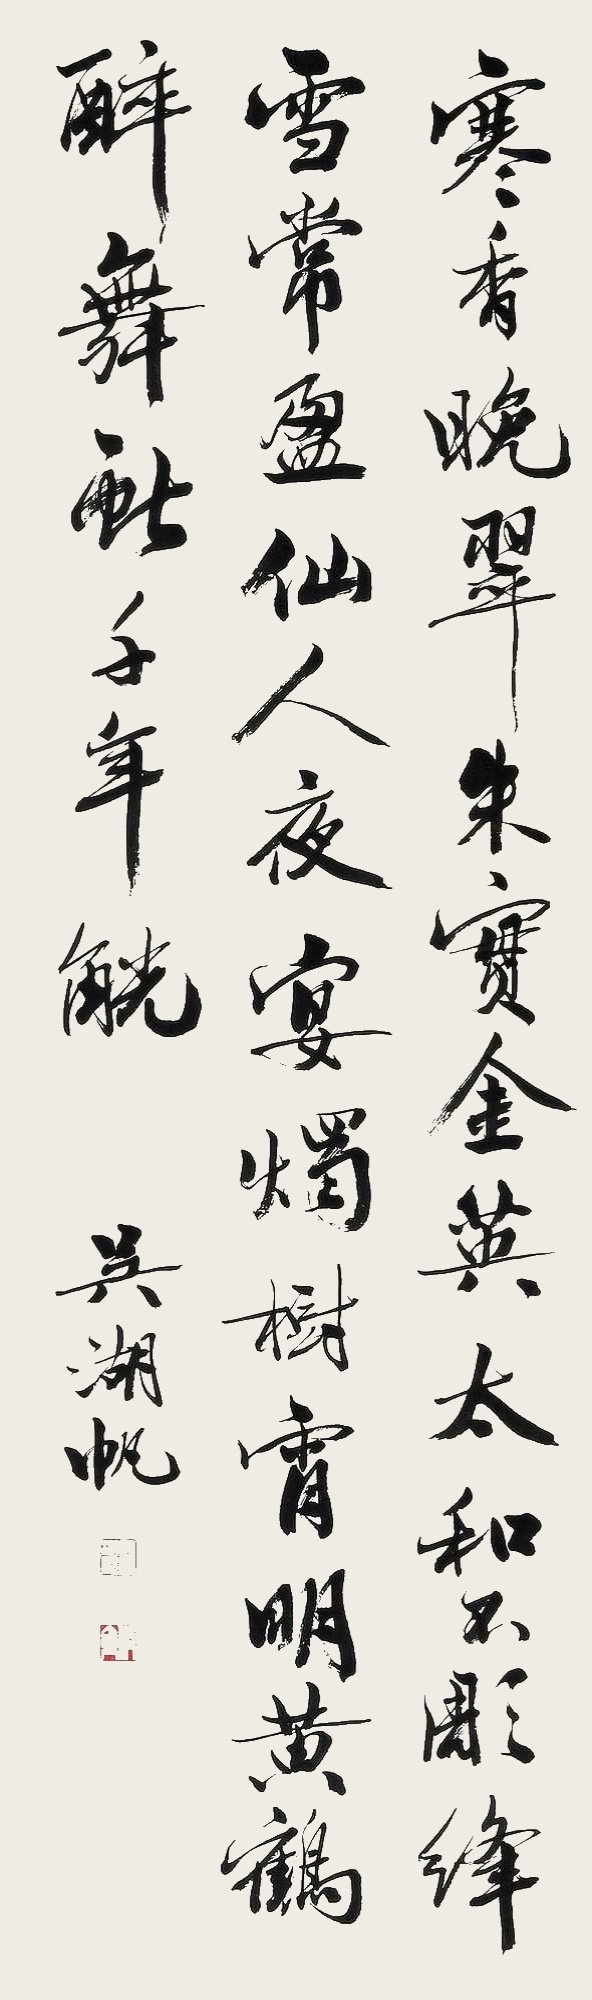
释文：寒香晚翠，朱实金英，太和不雕，绛雪常盈；仙人夜宴，烛树宵明，黄鹤醉舞，献千年觥。吴湖帆。